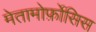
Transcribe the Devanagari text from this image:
मेतामोर्फ़ोसिस